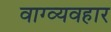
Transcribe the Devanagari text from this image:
वाग्व्यवहार